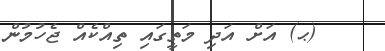
(ޙ) އަށް އަދި މަތީގައި ތިއްކެއް ޖެހުމުން